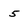
Character: 5